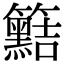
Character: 𥷫